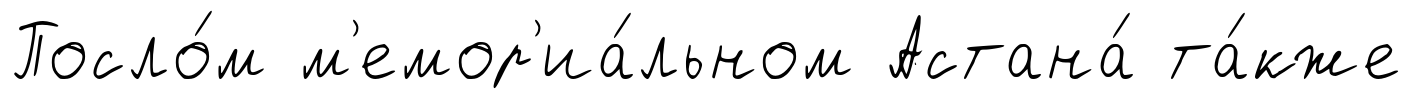
Посло́м м'емор'иа́льном Астана́ та́кже